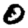
Digit: 0